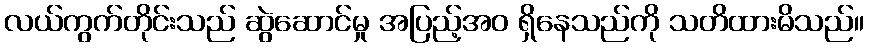
လယ်ကွက်တိုင်းသည် ဆွဲဆောင်မှု အပြည့်အဝ ရှိနေသည်ကို သတိထားမိသည်။